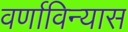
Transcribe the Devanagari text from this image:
वर्णाविन्यास